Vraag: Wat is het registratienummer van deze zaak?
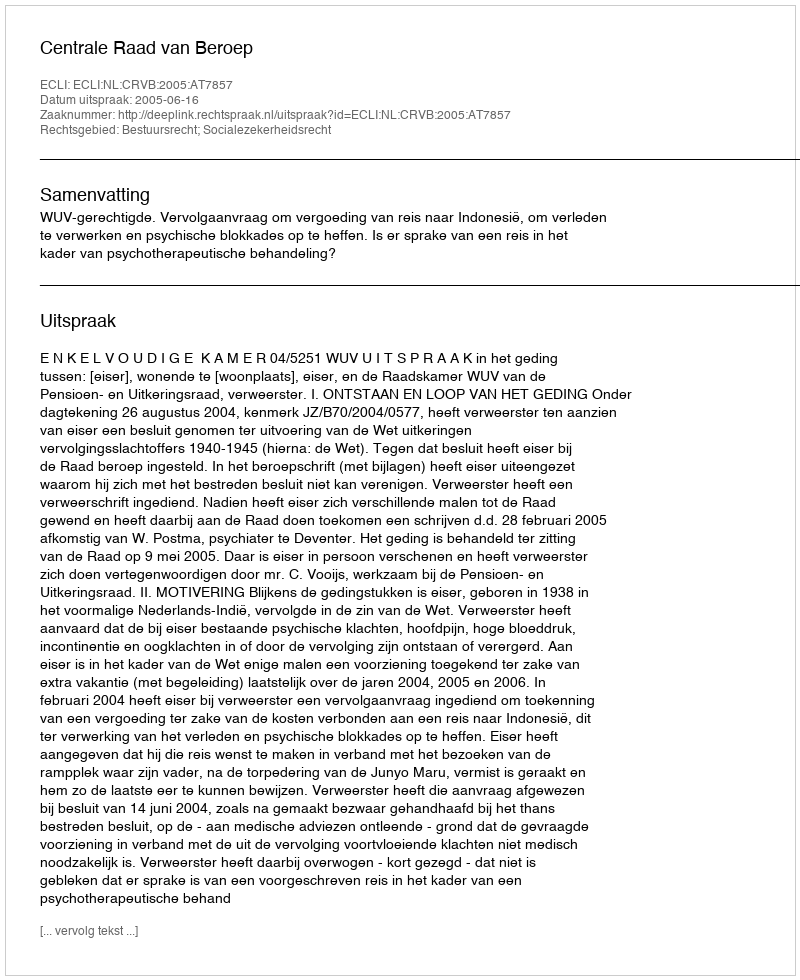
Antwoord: http://deeplink.rechtspraak.nl/uitspraak?id=ECLI:NL:CRVB:2005:AT7857